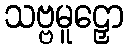
သဗ္ဗမူဠှော